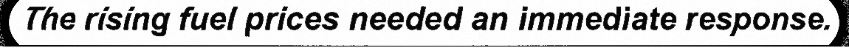
The rising fuel prices needed an immediate response.